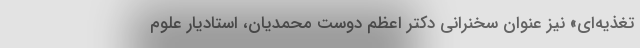
تغذیه‌ای» نیز عنوان سخنرانی دکتر اعظم دوست محمدیان، استادیار علوم